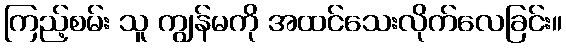
ကြည့်စမ်း သူ ကျွန်မကို အထင်သေးလိုက်လေခြင်း။